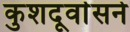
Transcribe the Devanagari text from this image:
कुशदूर्वासने